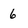
Character: 6